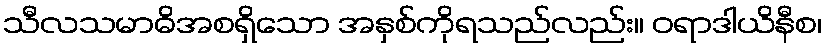
သီလသမာဓိအစရှိသော အနှစ်ကိုရသည်လည်း။ ဝရာဒါယိနီစ၊